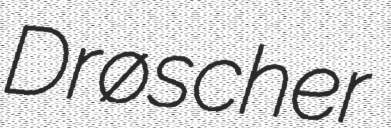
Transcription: Drøscher